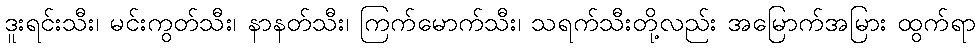
ဒူးရင်းသီး၊ မင်းကွတ်သီး၊ နာနတ်သီး၊ ကြက်မောက်သီး၊ သရက်သီးတို့လည်း အမြောက်အမြား ထွက်ရာ